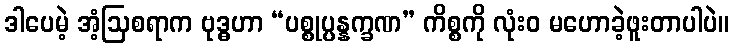
ဒါပေမဲ့ အံ့ဩစရာက ဗုဒ္ဓဟာ “ပစ္စုပ္ပန္နက္ခဏ” ကိစ္စကို လုံးဝ မဟောခဲ့ဖူးတာပါပဲ။